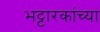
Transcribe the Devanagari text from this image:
भट्टारकांच्या